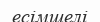
есімшелі